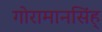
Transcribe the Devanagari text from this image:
गोरामानसिंह्